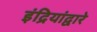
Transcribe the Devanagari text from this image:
इंद्रियांद्वारे